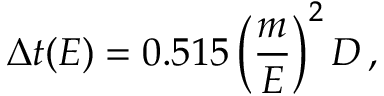
\Delta t ( E ) = 0 . 5 1 5 \left( \frac { m } { E } \right) ^ { 2 } D \, ,